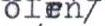
olen/